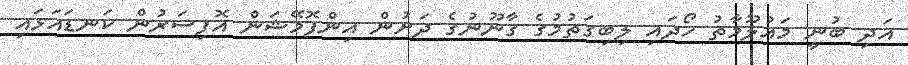
އަދި ބުނީ މައުލޫމާތު ހޯދައި ލިބިގަތުމުގެ ގާނޫނުގެ ދަށުން އިންފޮމޭޝަން އޮފިސަރުން ކަނޑައަޅައި